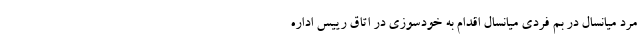
مرد میانسال در بم فردی میانسال اقدام به خودسوزی در اتاق رییس اداره